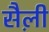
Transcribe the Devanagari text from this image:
सैल़ी